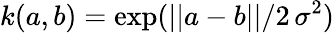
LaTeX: k(a,b)=\mathrm{exp}(||a-b||/2\, \sigma^{2})